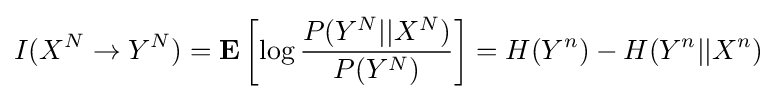
I(X^{N}\rightarrow Y^{N})=\mathbf {E} \left[\log {\frac {P(Y^{N}||X^{N})}{P(Y^{N})}}\right]=H(Y^{n})-H(Y^{n}||X^{n})